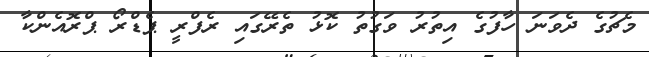
މެޗުގެ ދެވަނަ ހާފުގެ އިތުރު ވަގުތު ކޮޅު ތެރޭގައި ރެފްރީ ޕެޑްރޯ ޕްރޮއެންކާ